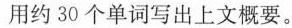
用约 30 个单词写出上文概要.